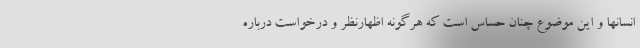
انسانها و این موضوع چنان حساس است که هرگونه اظهارنظر و درخواست درباره